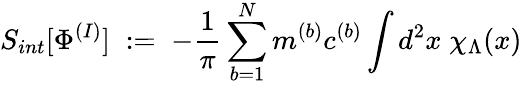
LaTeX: S_{int}[\Phi^{(I)}]\; :=\; -\frac{1}{\pi}\sum_{b=1}^{N}m^{(b)}c^{(b)}\int d^{2}x\; \chi_{\Lambda}(x)